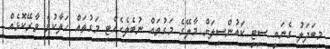
މިބަދަލު ގެނައީ ސިޓީ ކައުންސިލަށް މާލޭގެ މަގުތައް ނުބެލެހެއްޓި މަގުތައް ހަލާކުވެ ވާރޭކޮޅެއް